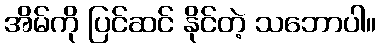
အိမ်ကို ပြင်ဆင် နိုင်တဲ့ သဘောပါ။